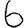
Digit: 6